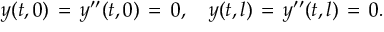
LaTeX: y ( t , 0 ) \, = \, y ^ { \prime \prime } ( t , 0 ) \, = \, 0 , \quad y ( t , l ) \, = \, y ^ { \prime \prime } ( t , l ) \, = \, 0 .